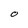
Character: O